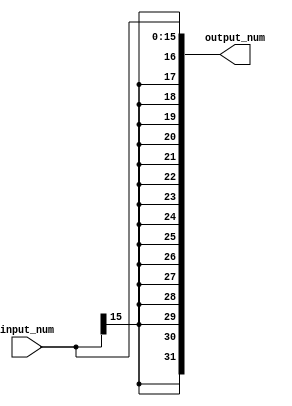
`timescale 1ns / 1ps
module SignedExt (
  input signed [15:0] input_num,
  output signed [31:0] output_num
);

assign output_num = input_num;

endmodule //